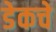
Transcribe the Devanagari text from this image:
डेकचे